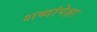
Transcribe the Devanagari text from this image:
शब्दांपेक्षा